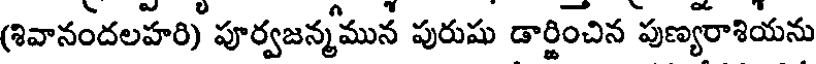
(శివానందలహరి) పూర్వజన్మమున పురుషు డార్జించిన పుణ్యరాశియను